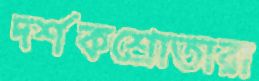
দর্শকশ্রোতারা